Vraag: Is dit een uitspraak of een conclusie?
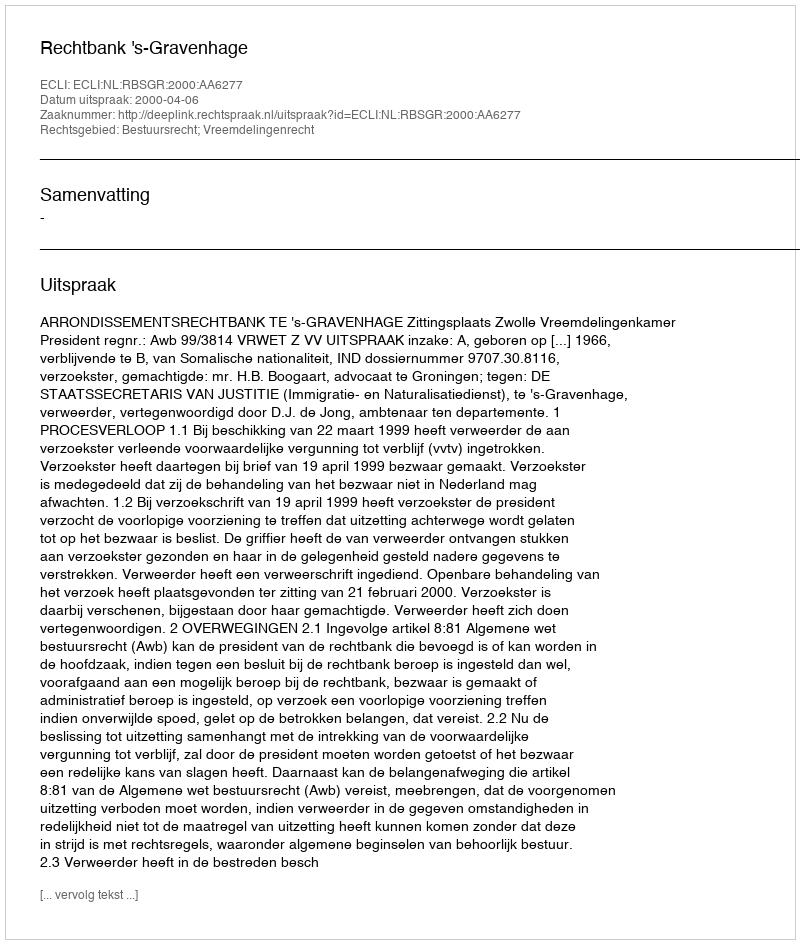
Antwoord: Uitspraak